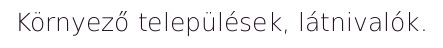
Környező települések, látnivalók.